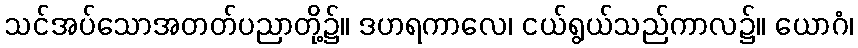
သင်အပ်သောအတတ်ပညာတို့၌။ ဒဟရကာလေ၊ ငယ်ရွယ်သည်ကာလ၌။ ယောဂံ၊